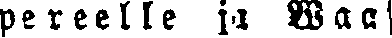
pereelle ja Waas